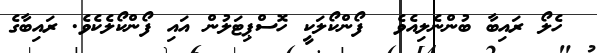
ހެލޯ ރައިބާ ބުންނެލިއެވެ  ފޯންކޯލަކީ ހޮސްޕިޓަލުން އައި ފޯންކޯލެކެވެ. ރައިބާގެ